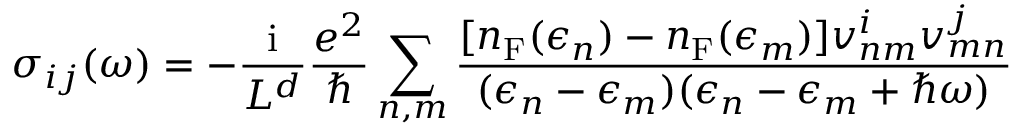
\sigma _ { i j } ( \omega ) = - \frac { \mathrm { i } } { L ^ { d } } \frac { e ^ { 2 } } { \hbar } \sum _ { n , m } \frac { [ n _ { \mathrm { F } } ( \epsilon _ { n } ) - n _ { \mathrm { F } } ( \epsilon _ { m } ) ] v _ { n m } ^ { i } v _ { m n } ^ { j } } { ( \epsilon _ { n } - \epsilon _ { m } ) ( \epsilon _ { n } - \epsilon _ { m } + \hbar \omega ) }